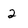
Character: 2